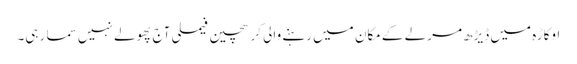
اوکاڑہ میں ڈیڑھ مرلے کے مکان میں رہنے والی کرسچین فیملی آج پھولے نہیں سما رہی۔